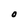
Character: 0